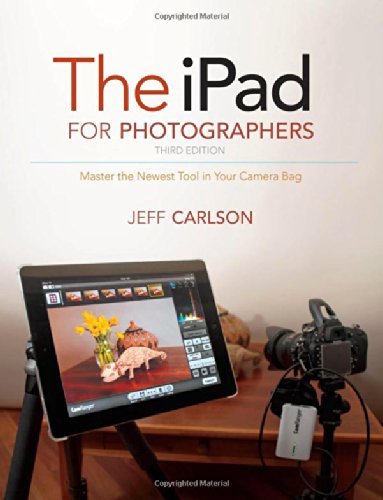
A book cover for The iPad for Photographers: Master the Newest Tool in Your Camera Bag (3rd Edition); Jeff Carlson; Computers & Technology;